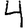
Digit: 4